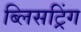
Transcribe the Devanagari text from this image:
ब्लिसट्रिंग